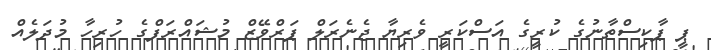
ޕީ ޕާކިސްތާނުގެ ކުރީގެ އަސްކަރީ ވެރިޔާ ޖެނެރަލް ޕަރްވޭޒް މުޝައްރަފްގެ ހުރިހާ މުދަލެއް